Cholera in southern India
Disease focus: Cholera
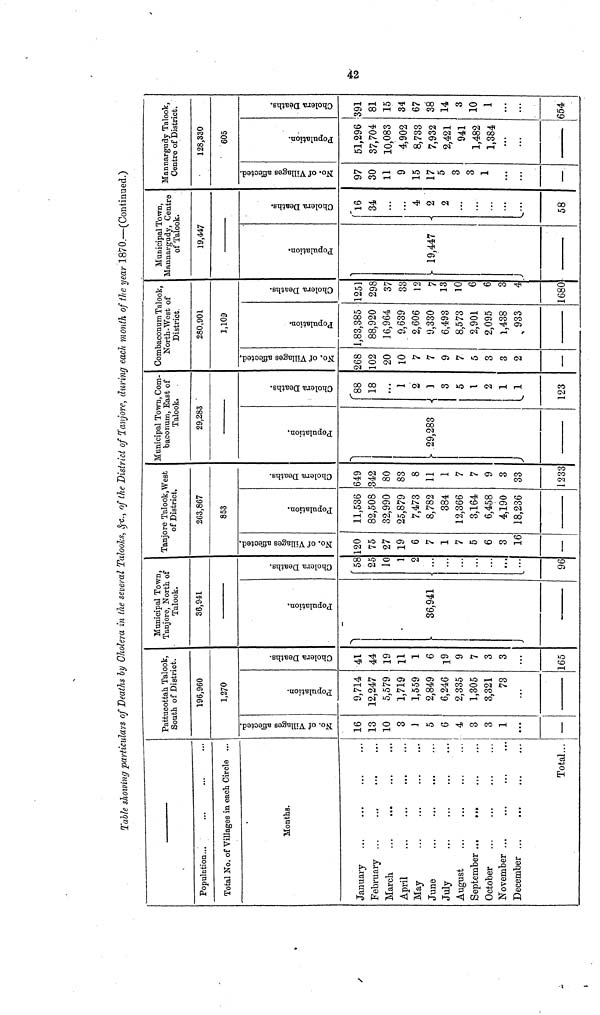
Table showing particulars of Deaths by Cholera in the several Talooks, &c., of the District of Tanjore, during each month of the year 1870.—(Continued.)
Population...
Total No. of Villages in each Circle ...
Months.
January
February ...
March
April
May
June
July
August
September ...
...
October
November ...
December ...
Total...
Pattucottah Talook,
South of District.
196,960
1,270
No. of Villages affected.
16
13
10
3
i
5
6
4
3
3
1
—
Population.
9,714
12,247
5,579
1,719
1,559
2,849
6,246
2,335
1,305
3,321
73
Cholera Deaths.
41
44
19
11
1
6
19
y
7
3
3
165
Municipal Town,
Tanjore, North of
Talook.
36,941
Population.
36,941
Cholera Deaths.
'58
25
10
1
2
...
...
...
...
96
Tanjore Talook,West
of District.
263,867
853
No. of Villages affected.
120
75
27
19
6
7
1
7
5
6
3
16
—
Population.
11,536
82,508
32,990
25,879
7,473
8,782
384
12,366
3,164
6,458
4,190
18,236
Cholera Deaths.
649
342
80
83
8
11
1
7
7
9
3
33
1233
Municipal Town, Com-
baconum, East of
Talook.
29,283
Population,
!» 29,283
Cholera Deaths.
88
18
...
1
2
3
5
1
2
1
1
123
Combaconum Talook,
North-West of
District
280,901
1,109
No. of Villages affected,
268
102
20
10
7
7
9
7
5
3
3
2
—
Population.
1,83,385
88,920
16,964
9,639
2,606
9,330
6,493
8,573
2,901
2,095
1,438
933
Cholera Deaths.
1251
298
37
33
12
7
13
10
6
6
3
4
1680
Municipal Town,
Mannargudy, Centre
of Talook.
19,447
Population.
19,447
Cholera Deaths.
-
'l6
34
...
4
2
2
...
58
Mannargudy Talook,
Centre of District.
128,330
605
No. of Villages affected.
97
30
11
9
15
17
5
3
3
1
—
Population.
51,296
37,704
10,083
4,902
8,733
7,932
2,421
941
1,482
1,384
Cholera Deaths.
391
81
15
34
67
38
14
3
10
1
654
42